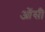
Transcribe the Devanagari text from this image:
ओंसी